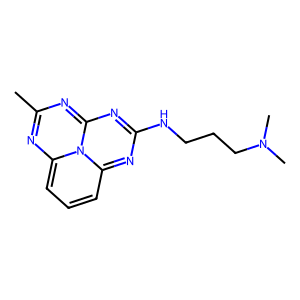
SMILES: Cc1nc2cccc3nc(NCCCN(C)C)nc(n1)-n-2-3
Inhibits HIV replication: No